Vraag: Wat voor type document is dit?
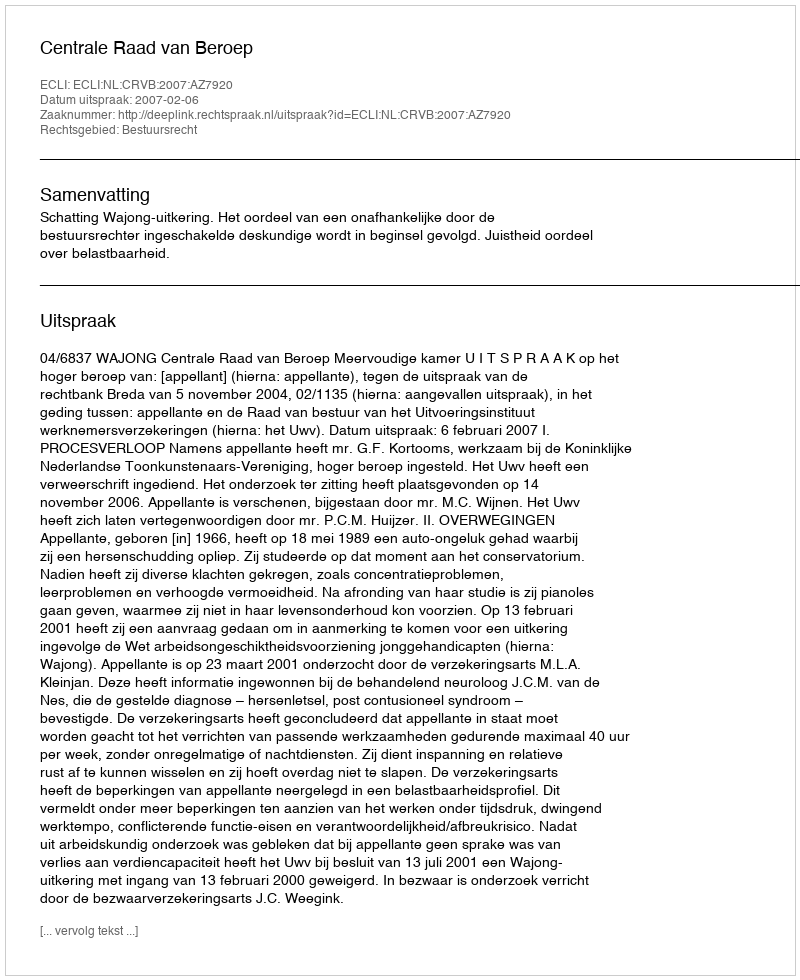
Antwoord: Uitspraak